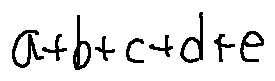
a + b + c + d + e